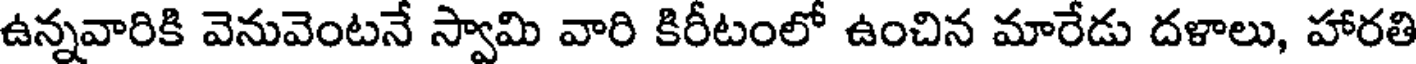
ఉన్నవారికి వెనువెంటనే స్వామి వారి కిరీటంలో ఉంచిన మారేడు దళాలు, హారతి